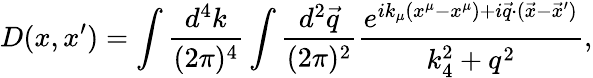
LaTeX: D(x,x^{\prime})=\int{\frac{d^{4}k}{(2\pi)^{4}}}\int{\frac{d^{2}{\vec{q}}}{(2\pi)^{2}}}{\frac{e^{ik_{\mu}(x^{\mu}-x^{\mu})+i{\vec{q}}\cdot({\vec{x}}-{\vec{x}^{\prime}})}}{k_{4}^{2}+q^{2}}},